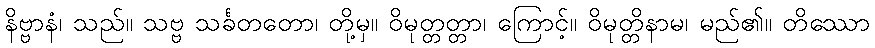
နိဗ္ဗာနံ၊ သည်။ သဗ္ဗ သင်္ခတတော၊ တို့မှ။ ဝိမုတ္တတ္တာ၊ ကြောင့်။ ဝိမုတ္တိနာမ၊ မည်၏။ တိဿော